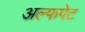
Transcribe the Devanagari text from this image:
अल्फपेट